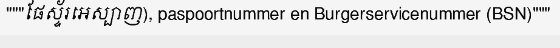
"""ផែស្ទ័រអេស្បាញ), paspoortnummer en Burgerservicenummer (BSN)"""